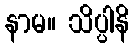
နာမ။ သိပ္ပါနိ